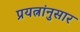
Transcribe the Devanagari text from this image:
प्रयत्नांनुसार